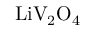
{ \mathrm { L i V } } _ { 2 } { \mathrm { O } } _ { 4 }